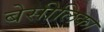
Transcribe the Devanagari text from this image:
बेसीलिका